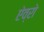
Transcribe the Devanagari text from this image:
ऐव्रो